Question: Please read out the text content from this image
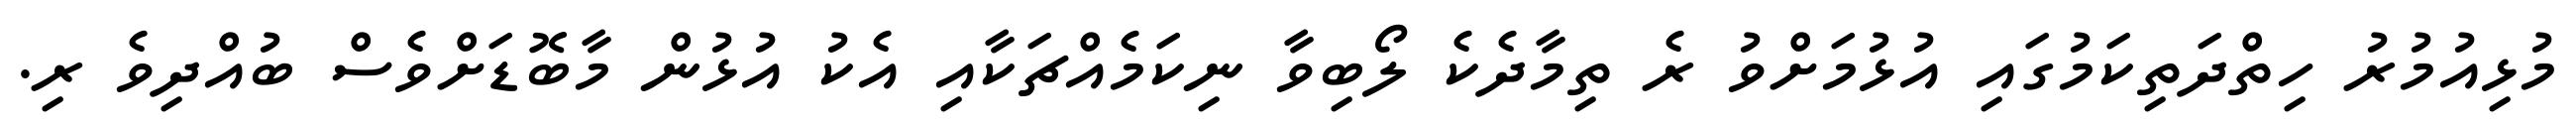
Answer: މުޅިއުމުރު ހިތްދަތިކަމުގައި އުޅުމަށްވު ރެ ތިމާދެކެ ލޯބިވާ ނިކަމެއްޗަކާއި އެކު އުޅުން މާބޮޑަށްވެސް ބުއްދިވެ ރި.